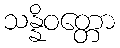
သန္နိဝတ္တော